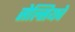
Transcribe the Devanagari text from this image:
सेल्सियचे